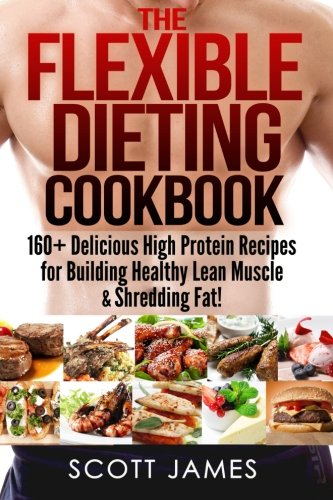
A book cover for The Flexible Dieting Cookbook: 160 Delicious High Protein Recipes for Building Healthy Lean Muscle & Shredding Fat; Scott James; Cookbooks, Food & Wine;